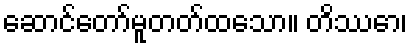
ဆောင်တော်မူတတ်ထသော။ တိဿော၊